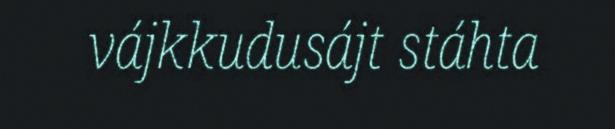
vájkkudusájt stáhta